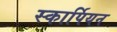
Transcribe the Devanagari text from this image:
स्कार्पियन